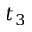
t _ { 3 }